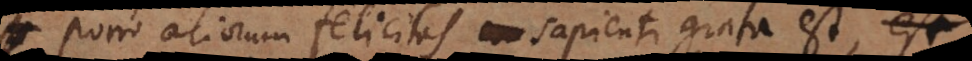
Porro aliorum felicitas sapienti grata est, est